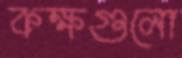
কক্ষগুলো